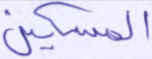
المسكين